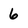
Character: 6